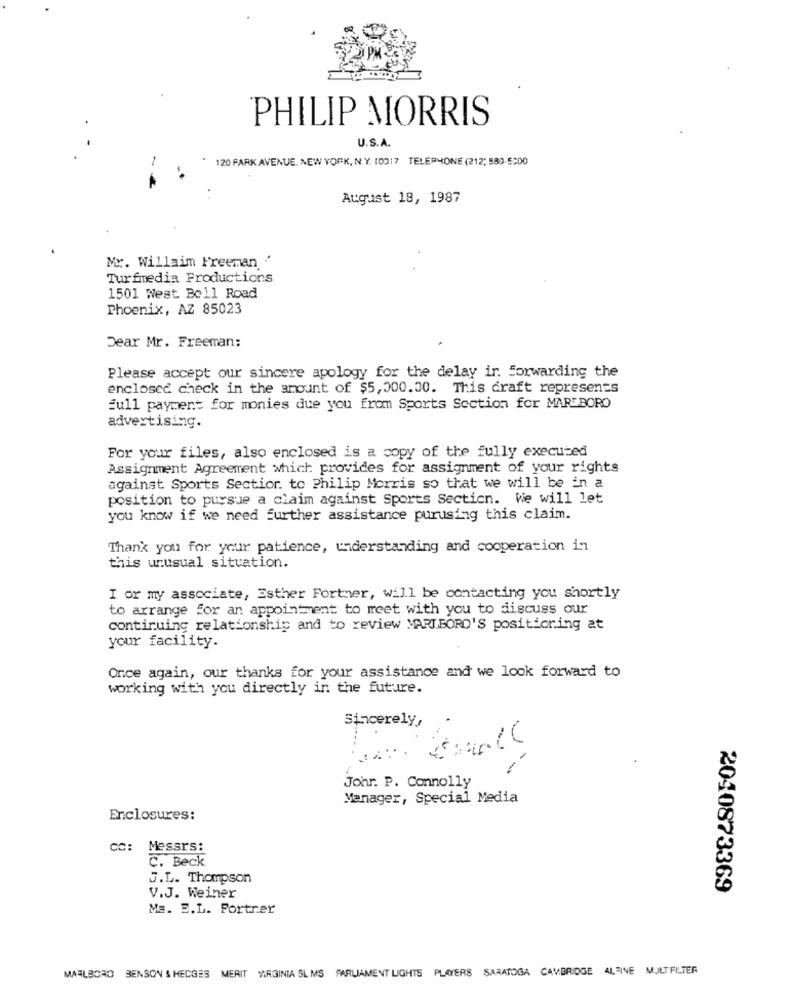
PHILIP MORRIS
U.S.A.
120 PARK AVENUE, NEW YORK, NY. 10317 TELEPHONE (212; 580-5900
August 18, 1987
Mr. Willaim Freeman '
Turfmedia Productions
1501 West Boll Road
Phoenix, AZ 85023
Dear Mr. Freeman:
Please accept our sincere apology for the delay ir. forwarding the
enclosed check in the amount of $5,000.00. This craft represents
full payment for monies due you from Sports Section for MAREBORO
advertising.
For your files, also enclosed is a copy of the fully executed
Assignment Agreement which provides for assignment of your rights
against Sports Sectior. to Philip Morris so that we will be in a
position to pursue a claim against Sports Section. We will let
you know if we need further assistance purusing this claim.
Thank you for your patience, understanding and cooperation in
this unusual situation.
I or my associate, Esther Fortmer, will be contacting you shortly
to arrange for an appointment to meet with you to discuss our
continuing relationship and to review MARIBORD'S positioning at
your facility.
Once again, our thanks for your assistance and we look forward to
working with you directly in the future.
Sincerely,
-
1
Johr. P. Connolly
Manager, Special Media
Enclosures:
cc: Messrs:
C. Beck
J.L. Thompson
2040873369
V.J. Weiner
Ms. E.L. Fortrer
MARLBORO BENSON & HEDGES MERIT VIRGINIA SL MS PARLIAMENT LIGHTS PLAYERS SARATOGA CAMBRIDGE ALFINE MULTFILTER